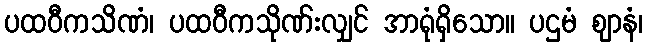
ပထဝီကသိဏံ၊ ပထဝီကသိုဏ်းလျှင် အာရုံရှိသော။ ပဌမံ ဈာနံ၊